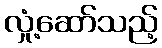
လှုံ့ဆော်သည့်